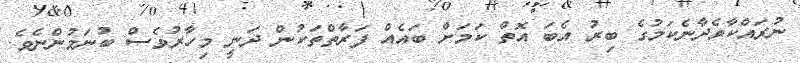
ނުރައްކާވެދާނެކަމުގެ ބިރު އެބަ އޮތް ކަމަށް ބައެއް ފަރާތްތަކުން ދަނީ މިހާރުވެސް ބުނަމުންނެވެ.